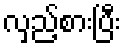
လှည့်စားပြီး